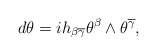
\begin{align*}d\theta =ih_{\beta \overline{\gamma }}\theta ^{\beta }\wedge \theta ^{\overline{\gamma }}, \end{align*}